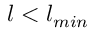
l < l _ { m i n }